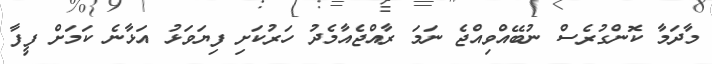
މާދަމާ ކޮންގުރެސް ނުބޭއްވިއްޖެ ނަމަ ރާއްޖެއާމެދު ހަރުކަށި ފިޔަވަޅު އަޅާނެ ކަމަށް ފީފާ